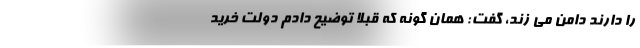
را دارند دامن می زند، گفت: همان گونه که قبلا توضیح دادم دولت خرید